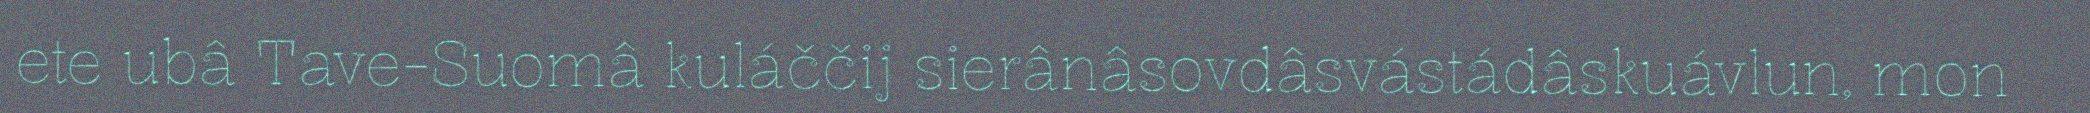
ete ubâ Tave-Suomâ kuláččij sierânâsovdâsvástádâskuávlun, mon